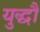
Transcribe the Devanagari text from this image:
युद्धौं